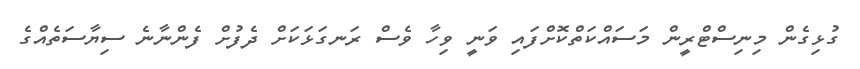
ގުޅިގެން މިނިސްޓްރީން މަސައްކަތްކޮށްފައި ވަނީ ވިހާ ވެސް ރަނގަޅަކަށް ދެފުށް ފެންނާނެ ސިޔާސަތެއްގެ